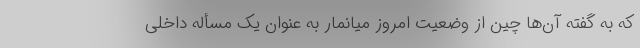
که به گفته آن‌ها چین از وضعیت امروز میانمار به عنوان یک مسأله داخلی